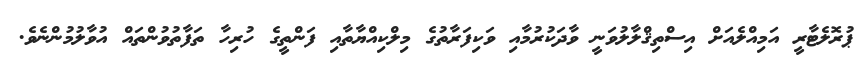
ޕުރޮލެޓާރީ އަމިއްލެއަށް އިސްތިޤްލާލުވަނީ ވާދަކުރުމާއި ވަކިފަރާތުގެ މިލްކިއްޔާތާއި ފަންތީގެ ހުރިހާ ތަފާތުވުންތައް އުވާލުމުންނެވެ.